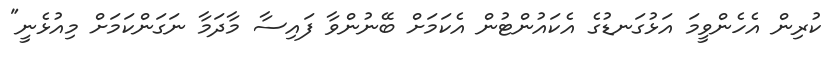
ކުރިން އެހެންވީމަ އަޅުގަނޑުގެ އެކައުންޓުން އެކަމަށް ބޭނުންވާ ފައިސާ މާދަމާ ނަގަންކަމަށް މިއުޅެނީ"